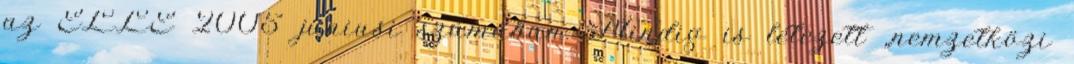
az ELLE 2005 júniusi számában. Mindig is létezett „nemzetközi